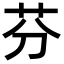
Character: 芬